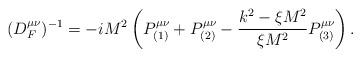
LaTeX: \begin{align*}(D_F^{\mu\nu})^{-1}=-iM^2\left( P^{\mu\nu}_{(1)} + P^{\mu\nu}_{(2)} -\frac{k^2-\xi M^2}{\xi M^2} P^{\mu\nu}_{(3)} \right).\end{align*}